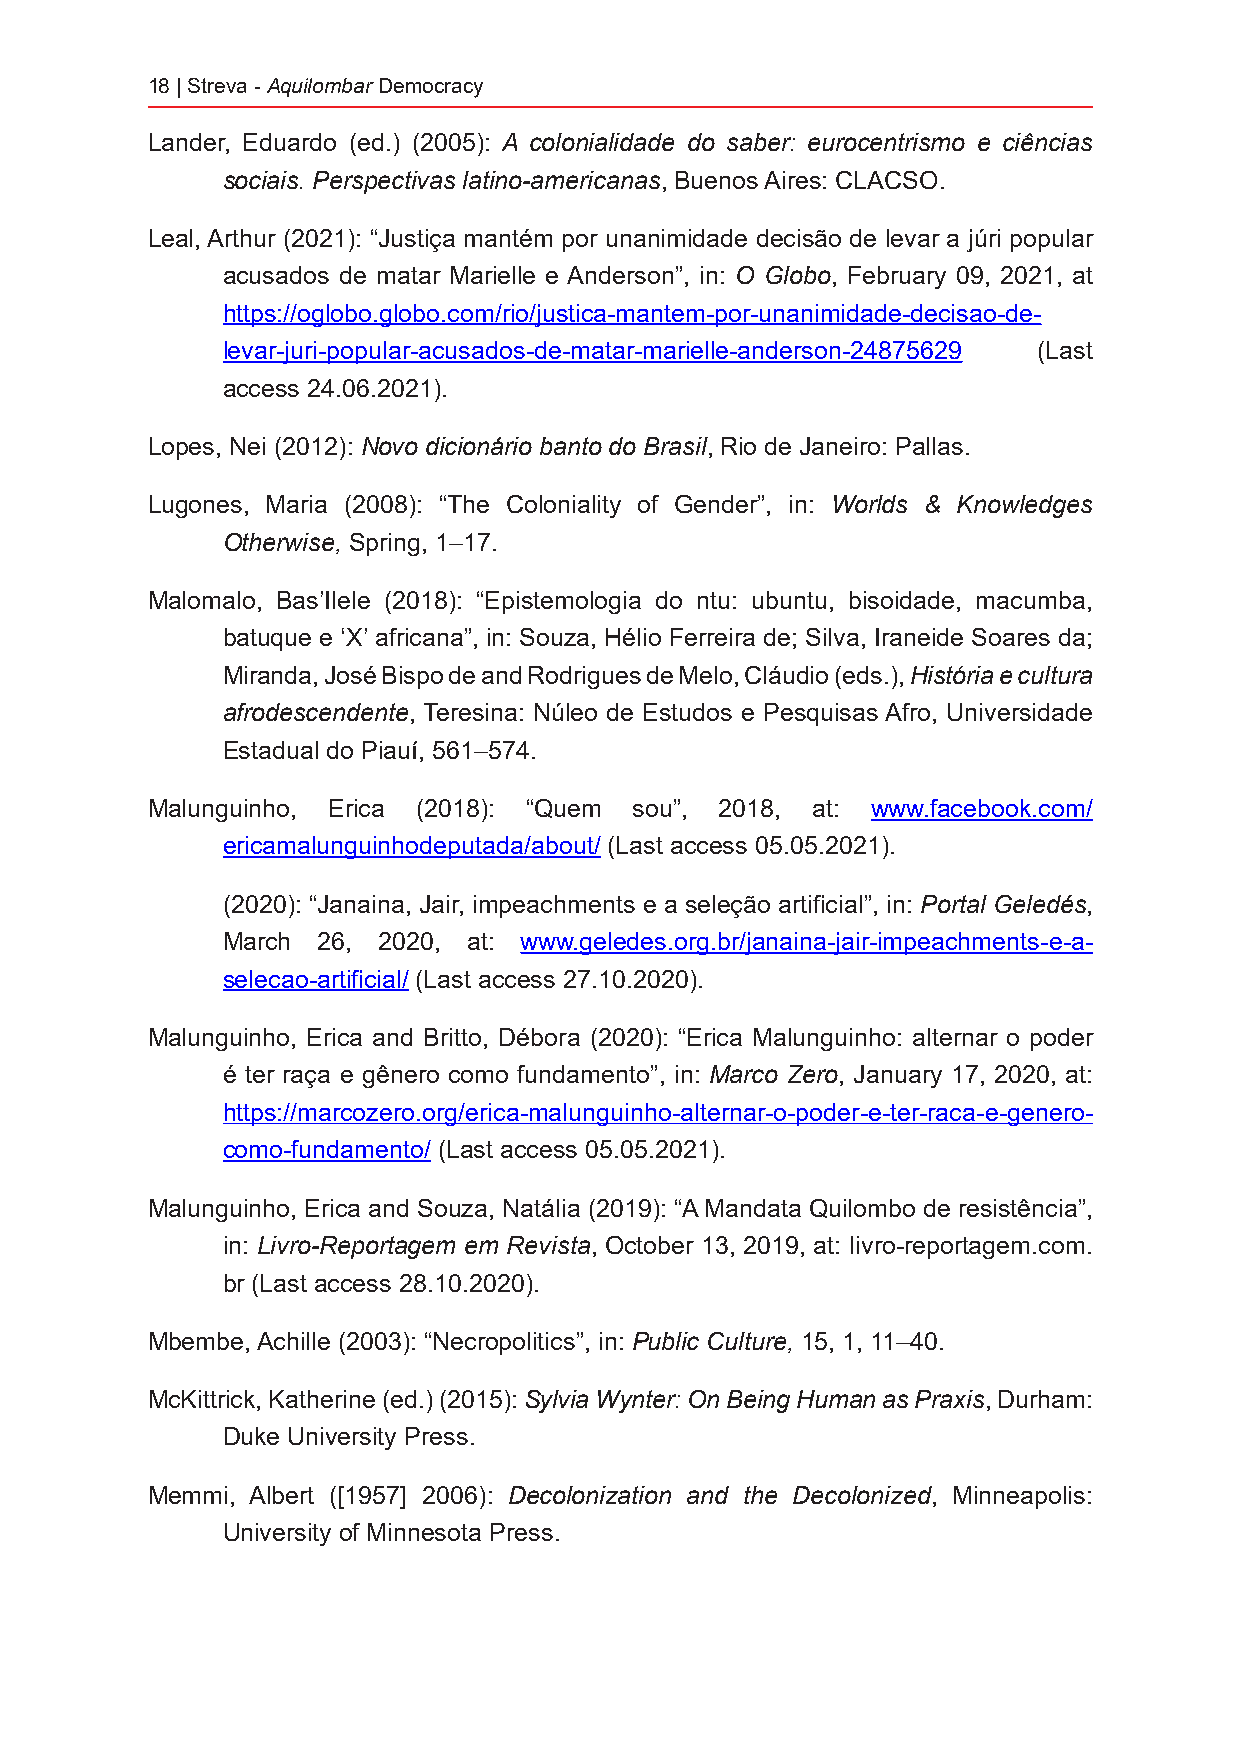
18 | Streva - Aquilombar Democracy
 Lander, Eduardo (ed.) (2005): A colonialidade do saber: eurocentrismo e ciências
 sociais. Perspectivas latino-americanas, Buenos Aires: CLACSO.
 Leal, Arthur (2021): “Justiça mantém por unanimidade decisão de levar a júri popular
 acusados de matar Marielle e Anderson”, in: O Globo, February 09, 2021, at
 https://oglobo.globo.com/rio/justica-mantem-por-unanimidade-decisao-de-
 levar-juri-popular-acusados-de-matar-marielle-anderson-24875629 (Last
 access 24.06.2021).
 Lopes, Nei (2012): Novo dicionário banto do Brasil, Rio de Janeiro: Pallas.
 Lugones, Maria (2008): “The Coloniality of Gender”, in: Worlds & Knowledges
 Otherwise, Spring, 1–17.
 Malomalo, Bas’Ilele (2018): “Epistemologia do ntu: ubuntu, bisoidade, macumba,
 batuque e ‘X’ africana”, in: Souza, Hélio Ferreira de; Silva, Iraneide Soares da;
 Miranda, José Bispo de and Rodrigues de Melo, Cláudio (eds.), História e cultura
 afrodescendente, Teresina: Núleo de Estudos e Pesquisas Afro, Universidade
 Estadual do Piauí, 561–574.
 Malunguinho, Erica (2018): “Quem sou”, 2018, at: www.facebook.com/
 ericamalunguinhodeputada/about/ (Last access 05.05.2021).
 (2020): “Janaina, Jair, impeachments e a seleção artificial”, in: Portal Geledés,
 March 26, 2020, at: www.geledes.org.br/janaina-jair-impeachments-e-a-
 selecao-artificial/ (Last access 27.10.2020).
 Malunguinho, Erica and Britto, Débora (2020): “Erica Malunguinho: alternar o poder
 é ter raça e gênero como fundamento”, in: Marco Zero, January 17, 2020, at:
 https://marcozero.org/erica-malunguinho-alternar-o-poder-e-ter-raca-e-genero-
 como-fundamento/ (Last access 05.05.2021).
 Malunguinho, Erica and Souza, Natália (2019): “A Mandata Quilombo de resistência”,
 in: Livro-Reportagem em Revista, October 13, 2019, at: livro-reportagem.com.
 br (Last access 28.10.2020).
 Mbembe, Achille (2003): “Necropolitics”, in: Public Culture, 15, 1, 11–40.
 McKittrick, Katherine (ed.) (2015): Sylvia Wynter: On Being Human as Praxis, Durham:
 Duke University Press.
 Memmi, Albert ([1957] 2006): Decolonization and the Decolonized, Minneapolis:
 University of Minnesota Press.